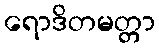
ရောဒိတမတ္တာ